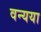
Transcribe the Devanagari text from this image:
वन्यया